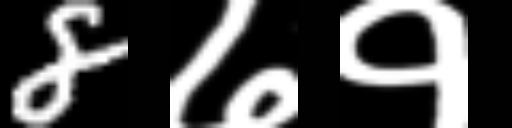
Text: 8७१